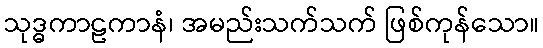
သုဒ္ဓကာဠကာနံ၊ အမည်းသက်သက် ဖြစ်ကုန်သော။